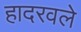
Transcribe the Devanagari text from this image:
हादरवले